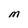
Character: M